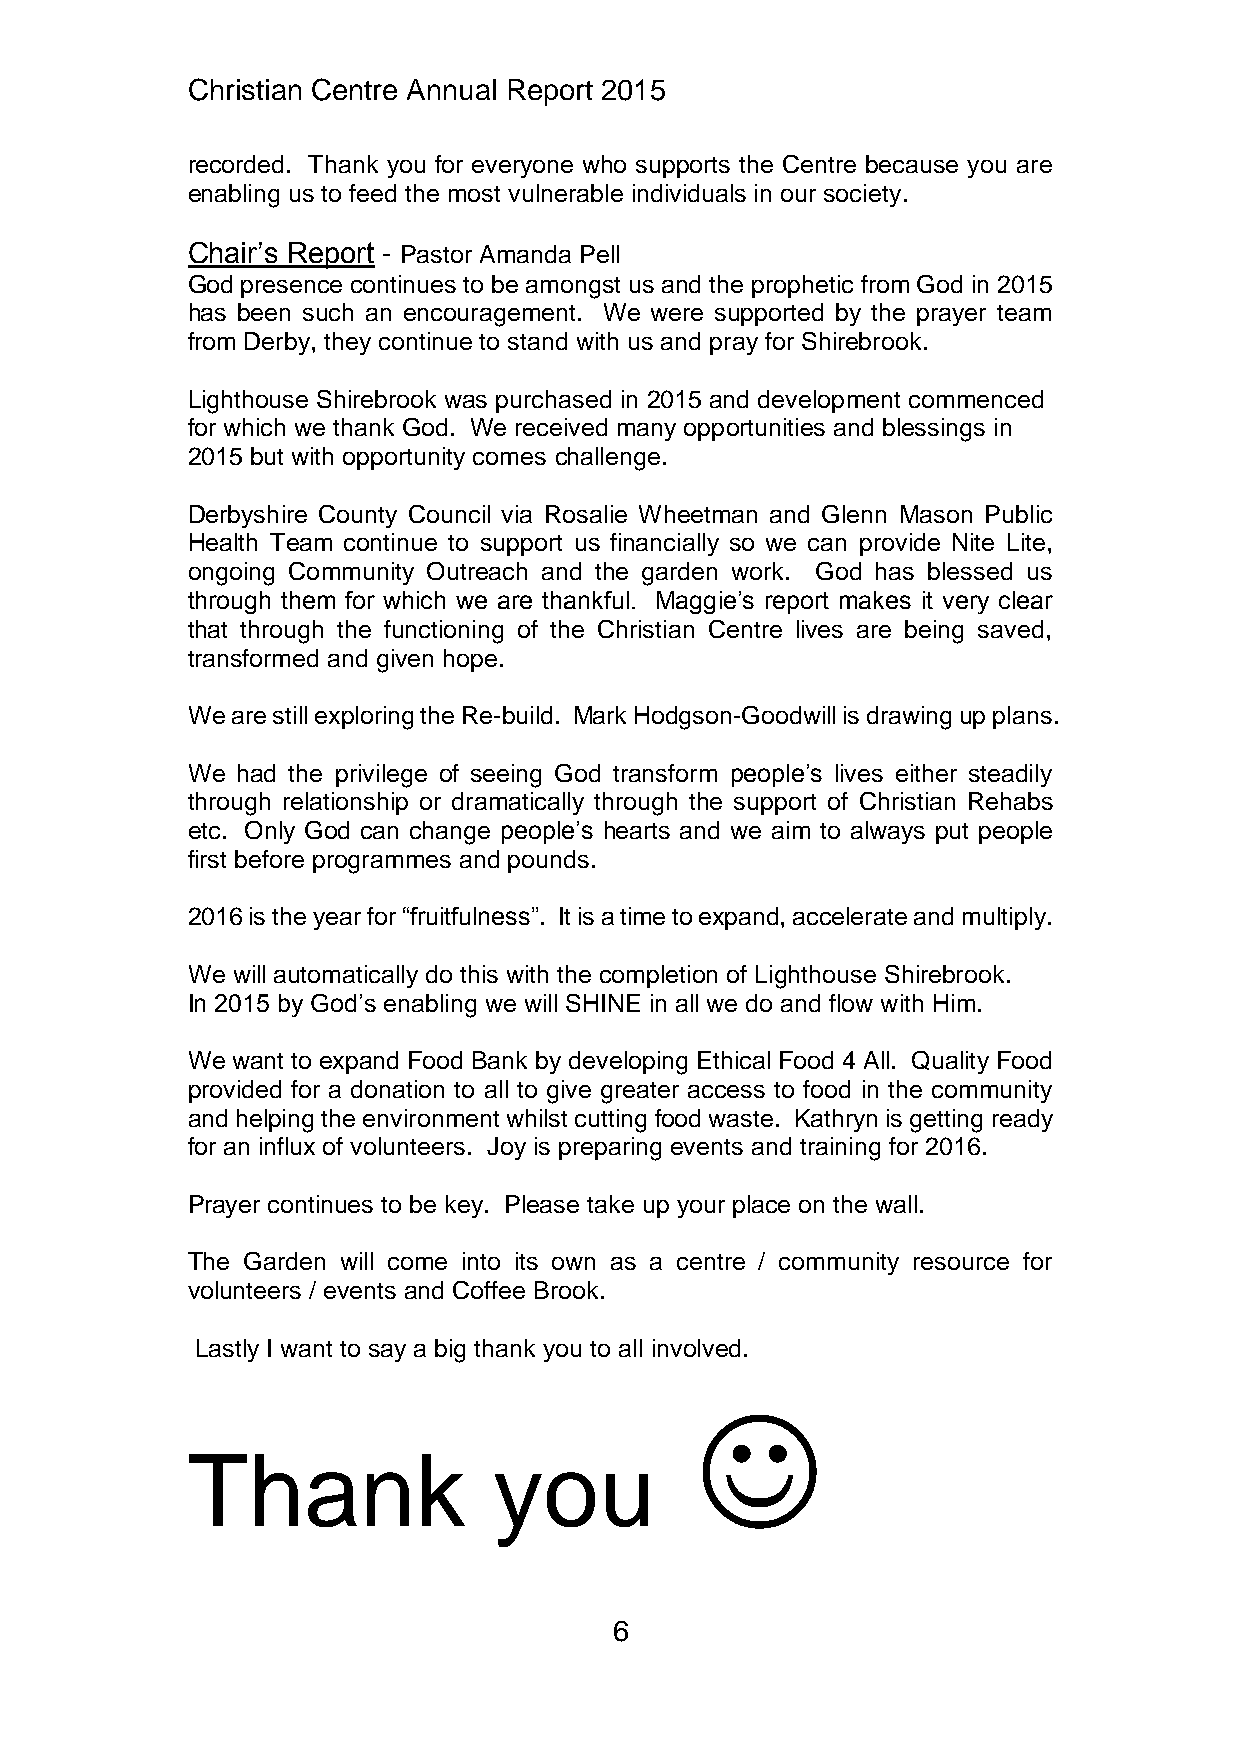
Christian Centre Annual Report 2015
 recorded. Thank you for everyone who supports the Centre because you are
 enabling us to feed the most vulnerable individuals in our society.
 Chair’s Report - Pastor Amanda Pell
 God presence continues to be amongst us and the prophetic from God in 2015
 has been such an encouragement. We were supported by the prayer team
 from Derby, they continue to stand with us and pray for Shirebrook.
 Lighthouse Shirebrook was purchased in 2015 and development commenced
 for which we thank God. We received many opportunities and blessings in
 2015 but with opportunity comes challenge.
 Derbyshire County Council via Rosalie Wheetman and Glenn Mason Public
 Health Team continue to support us financially so we can provide Nite Lite,
 ongoing Community Outreach and the garden work. God has blessed us
 through them for which we are thankful. Maggie’s report makes it very clear
 that through the functioning of the Christian Centre lives are being saved,
 transformed and given hope.
 We are still exploring the Re-build. Mark Hodgson-Goodwill is drawing up plans.
 We  had the privilege of seeing God transform people’s lives either steadily
 through relationship or dramatically through the support of Christian Rehabs
 etc. Only God can change people’s hearts and we aim to always put people
 first before programmes and pounds.
 2016 is the year for “fruitfulness”. It is a time to expand, accelerate and multiply.
 We will automatically do this with the completion of Lighthouse Shirebrook.
 In 2015 by God’s enabling we will SHINE in all we do and flow with Him.
 We want to expand Food Bank by developing Ethical Food 4 All. Quality Food
 provided for a donation to all to give greater access to food in the community
 and helping the environment whilst cutting food waste. Kathryn is getting ready
 for an influx of volunteers. Joy is preparing events and training for 2016.
 Prayer continues to be key. Please take up your place on the wall.
 The Garden will come into its own as a centre / community resource for
 volunteers / events and Coffee Brook.
 Lastly I want to say a big thank you to all involved.
 
 Thank                you
 6